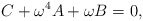
\begin{align*}C+\omega^4A+\omega B=0,\end{align*}